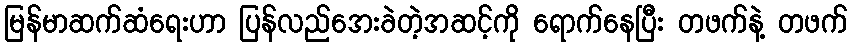
မြန်မာဆက်ဆံရေးဟာ ပြန်လည်အေးခဲတဲ့အဆင့်ကို ရောက်နေပြီး တဖက်နဲ့ တဖက်